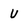
Character: U